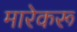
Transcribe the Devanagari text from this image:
मारेकरू